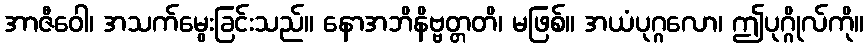
အာဇီဝေါ၊ အသက်မွေးခြင်းသည်။ နောအဘိနိဗ္ဗတ္တတိ၊ မဖြစ်။ အယံပုဂ္ဂလော၊ ဤပုဂ္ဂိုလ်ကို။